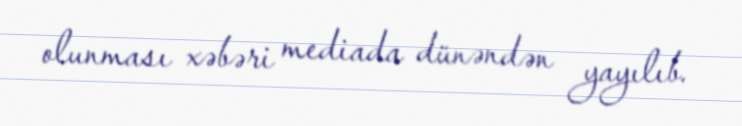
olunması xəbəri mediada dünəndən yayılıb.